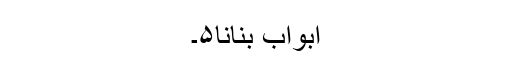
ابواب بنانا۵۔